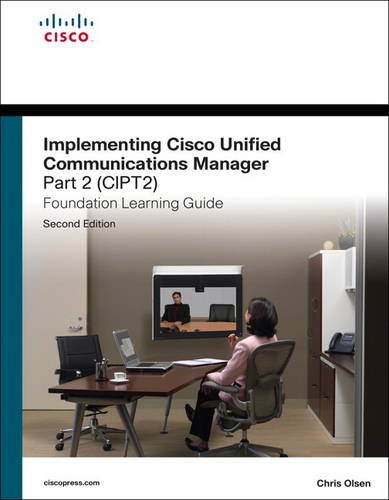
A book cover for Implementing Cisco Unified Communications Manager, Part 2 (CIPT2) Foundation Learning Guide: (CCNP Voice CIPT2 642-457) (2nd Edition) (Foundation Learning Guides); Chris Olsen; Computers & Technology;